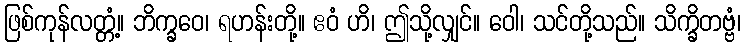
ဖြစ်ကုန်လတ္တံ့။ ဘိက္ခဝေ၊ ရဟန်းတို့။ ဧဝံ ဟိ၊ ဤသို့လျှင်။ ဝေါ၊ သင်တို့သည်။ သိက္ခိတဗ္ဗံ၊